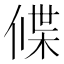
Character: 𬿃